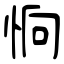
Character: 恦